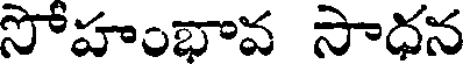
సోహంభావ సాధన